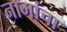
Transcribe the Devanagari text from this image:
नामांचा